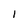
Character: 1